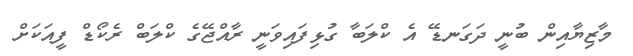
މާޒިޔާއިން ބުނީ ދަގަނޑޭ އެ ކްލަބާ ގުޅިފައިވަނީ ރާއްޖޭގެ ކްލަބް ރެކޯޑް ފީއަކަށް